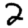
Digit: 2